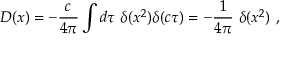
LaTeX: D ( x ) = - { \frac { c } { 4 \pi } } \int d \tau \ \delta ( x ^ { 2 } ) \delta ( c \tau ) = - { \frac { 1 } { 4 \pi } } \ \delta ( x ^ { 2 } ) \ ,